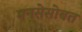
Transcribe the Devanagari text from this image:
मनसेसोबत